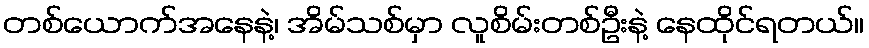
တစ်ယောက်အနေနဲ့၊ အိမ်သစ်မှာ လူစိမ်းတစ်ဦးနဲ့ နေထိုင်ရတယ်။